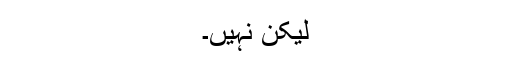
لیکن نہیں۔